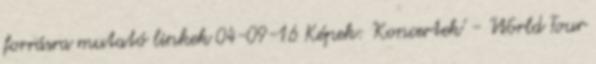
forrásra mutató linkek 04-09-16 Képek: 'Koncertek' - 'World Tour